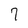
Character: 7